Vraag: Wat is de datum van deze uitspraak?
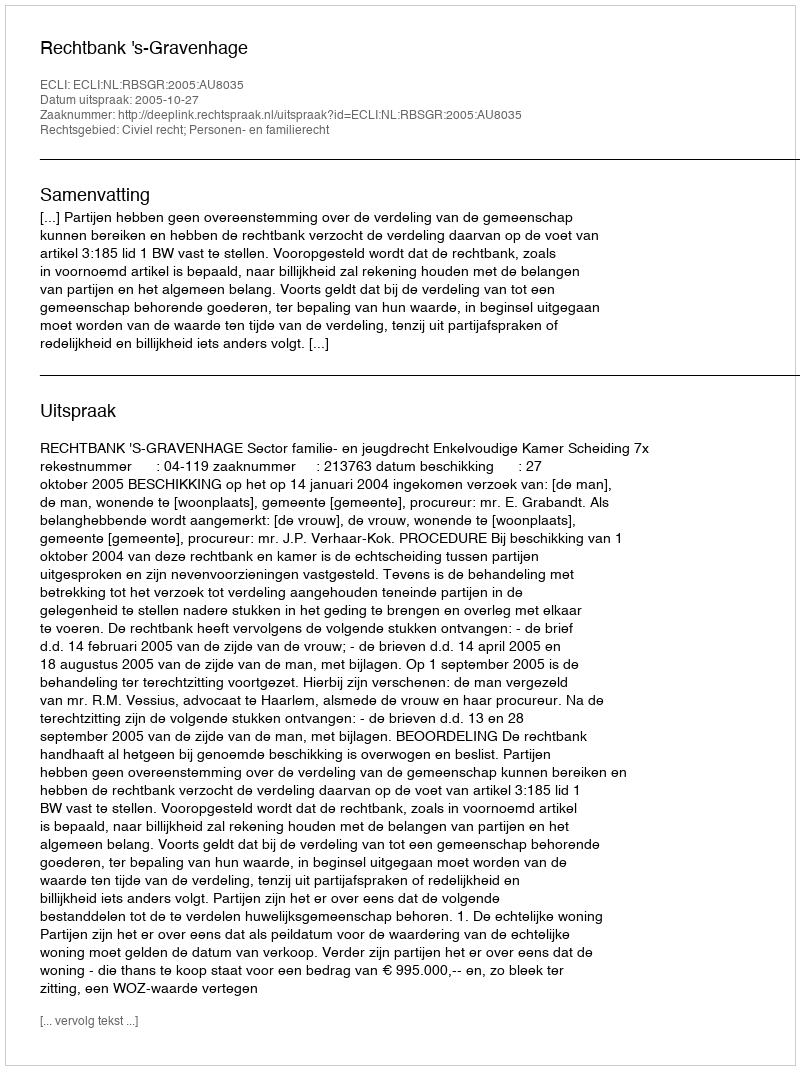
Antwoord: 2005-10-27